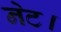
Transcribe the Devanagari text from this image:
नेट।